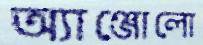
অ্যাঞ্জোলো